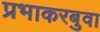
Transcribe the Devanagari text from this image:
प्रभाकरबुवा